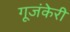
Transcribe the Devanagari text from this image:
गूजंकेरी